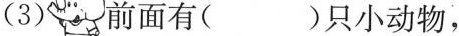
(3) 前面有( )只小动物，